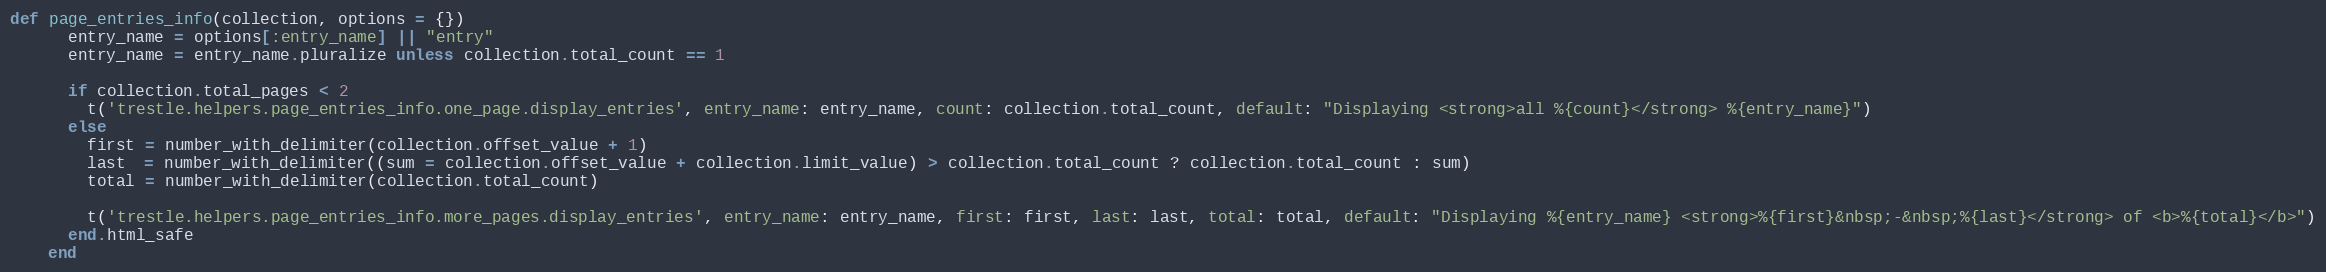
Language: Ruby
def page_entries_info(collection, options = {})
      entry_name = options[:entry_name] || "entry"
      entry_name = entry_name.pluralize unless collection.total_count == 1

      if collection.total_pages < 2
        t('trestle.helpers.page_entries_info.one_page.display_entries', entry_name: entry_name, count: collection.total_count, default: "Displaying <strong>all %{count}</strong> %{entry_name}")
      else
        first = number_with_delimiter(collection.offset_value + 1)
        last  = number_with_delimiter((sum = collection.offset_value + collection.limit_value) > collection.total_count ? collection.total_count : sum)
        total = number_with_delimiter(collection.total_count)

        t('trestle.helpers.page_entries_info.more_pages.display_entries', entry_name: entry_name, first: first, last: last, total: total, default: "Displaying %{entry_name} <strong>%{first}&nbsp;-&nbsp;%{last}</strong> of <b>%{total}</b>")
      end.html_safe
    end